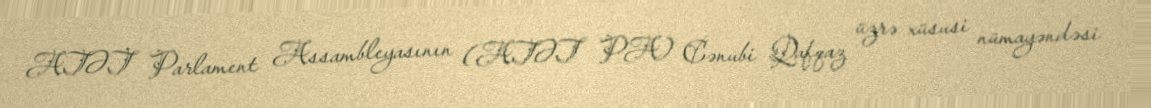
ATƏT Parlament Assambleyasının (ATƏT PA) Cənubi Qafqaz üzrə xüsusi nümayəndəsi